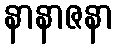
နာနာဇနာ